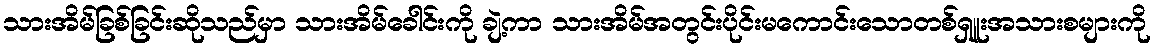
သားအိမ်ခြစ်ခြင်းဆိုသည်မှာ သားအိမ်ခေါင်းကို ချဲ့ကာ သားအိမ်အတွင်းပိုင်းမကောင်းသောတစ်ရှူးအသားစများကို